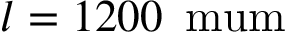
l = 1 2 0 0 \, \mathrm { \ m u m }